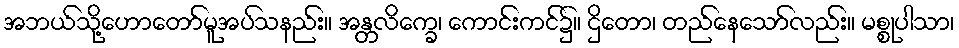
အဘယ်သို့ဟောတော်မူအပ်သနည်း။ အန္တလိက္ခေ၊ ကောင်းကင်၌။ ဌိတော၊ တည်နေသော်လည်း။ မစ္စုပါသာ၊